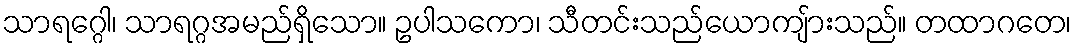
သာရဂ္ဂေါ၊ သာရဂ္ဂအမည်ရှိသော။ ဥပါသကော၊ သီတင်းသည်ယောကျ်ားသည်။ တထာဂတေ၊